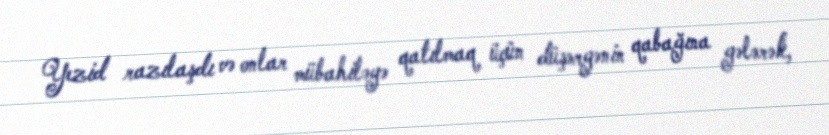
Yezid razılaşdı və onlar mübahiləyə qatılmaq üçün düşərgənin qabağına gələrək,